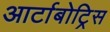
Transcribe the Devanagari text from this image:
आर्टाबोट्रिस